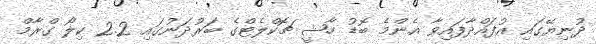
ދުނިޔޭގައި އުފައްދާފައިވާ އެންމެ ބޮޑު ހާޝީ ޗޮކްލެޓްގެ ބަރުދަނުގައި 2.2 ކިލޯ ގްރާމް